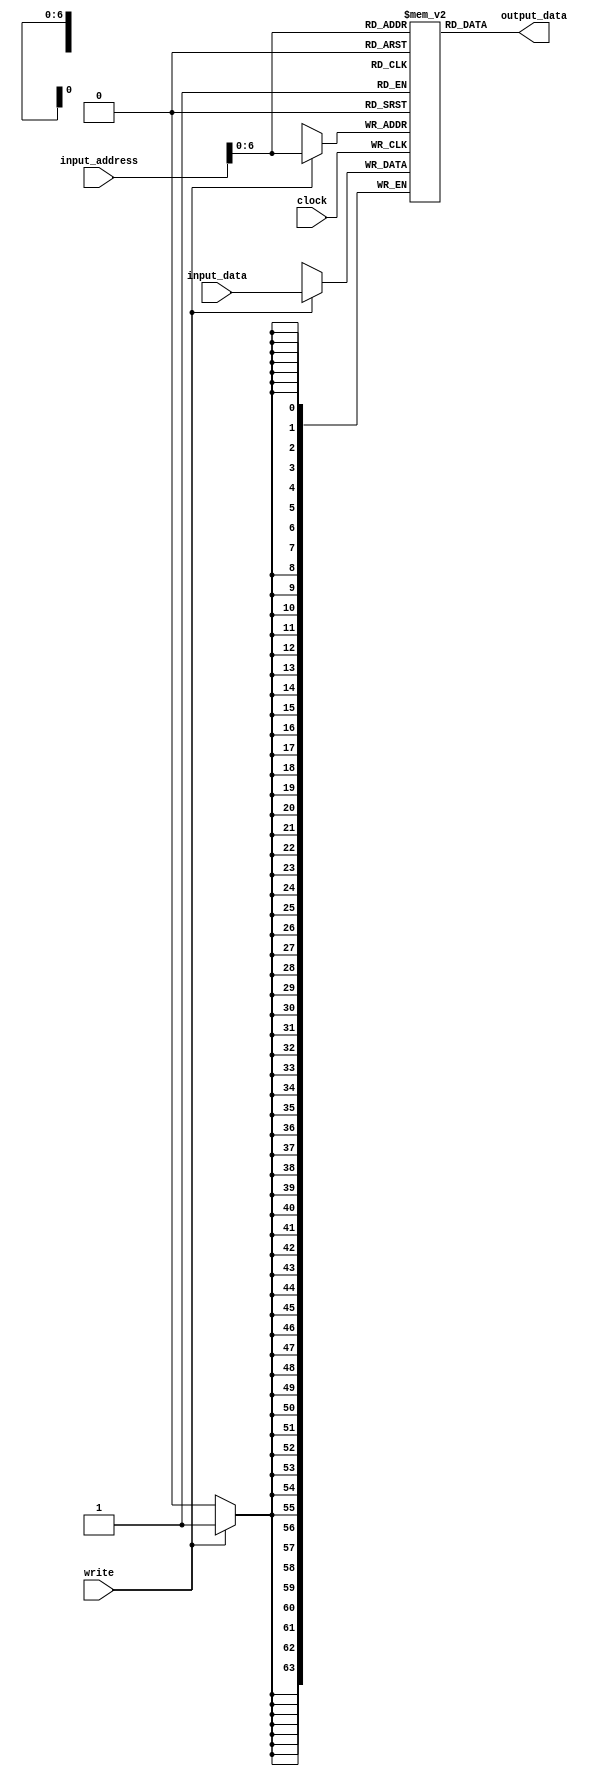
module DataMemory(clock, write, input_address, input_data, output_data);
	input clock, write;
	input [63:0] input_address, input_data;
	output[63:0] output_data;

	reg [63:0] memory [0:127];

	assign output_data = memory[input_address];

	always @ (posedge clock) begin
		if(write)
			memory[input_address] = input_data;
			
	end

endmodule